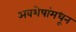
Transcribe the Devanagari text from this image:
अवशेषांमधून